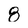
Character: 8